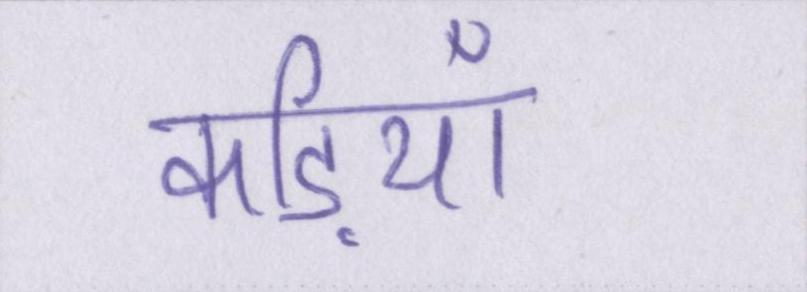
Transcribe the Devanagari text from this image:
कड़ियाँ